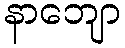
နာဘျော